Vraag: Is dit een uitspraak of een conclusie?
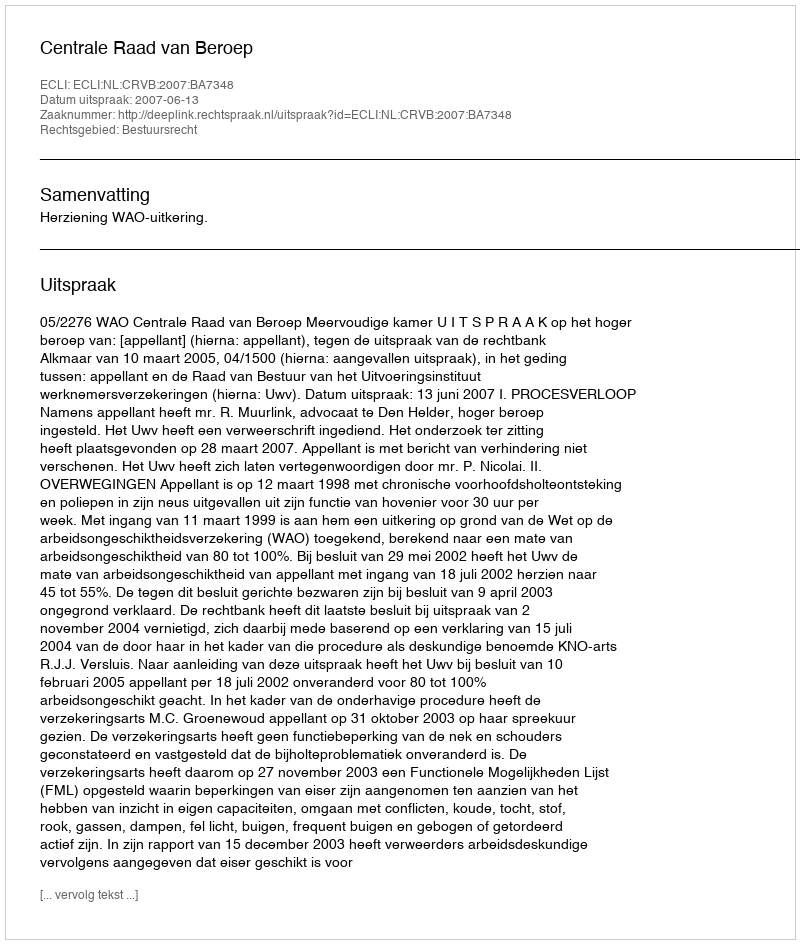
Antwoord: Uitspraak